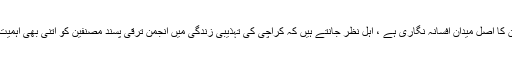
ہم تو پروفیسر کو نقاد سمجھتے تھے لیکن یہ مضمون پڑھ کر اندازہ ہوا کہ ان کا اصل میدان افسانہ نگاری ہے ، اہل نظر جانتے ہیں کہ کراچی کی تہذیبی زندگی میں انجمن ترقی پسند مصنفین کو اتنی بھی اہمیت حاصل نہیں رہتی جتنی اسلام سلمانی کی ہاربر ایسوسی ایشن کو حاصل ہے۔